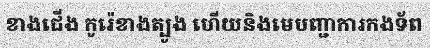
ខាងជើង កូរ៉េខាងត្បូង ហើយនិងមេបញ្ជាការកងទ័ព